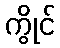
ကွိုင်